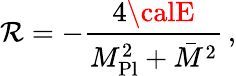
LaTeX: \mathcal{R}=-\frac{{4{\calE}}}{{M_{\mathrm{{Pl}}}^{2}+\bar{{M}}^{2}}}\, ,